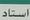
استاد